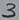
Text: 3